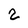
Character: 2